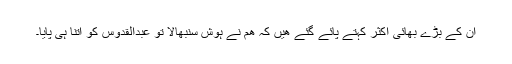
ان کے بڑے بھائی اکثر کہتے پائے گئے ھیں کہ ھم نے ہوش سنبھالا تو عبدالقدوس کو اتنا ہی پایا۔